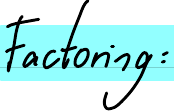
Factoring: